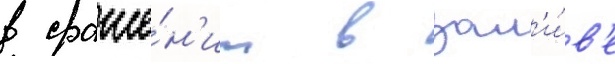
в сраже́н'ии в зал'и́в'е